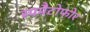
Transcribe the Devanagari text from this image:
स्पमैटोफोर